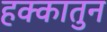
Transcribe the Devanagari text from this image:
हक्कातुन